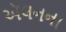
ઍલનના